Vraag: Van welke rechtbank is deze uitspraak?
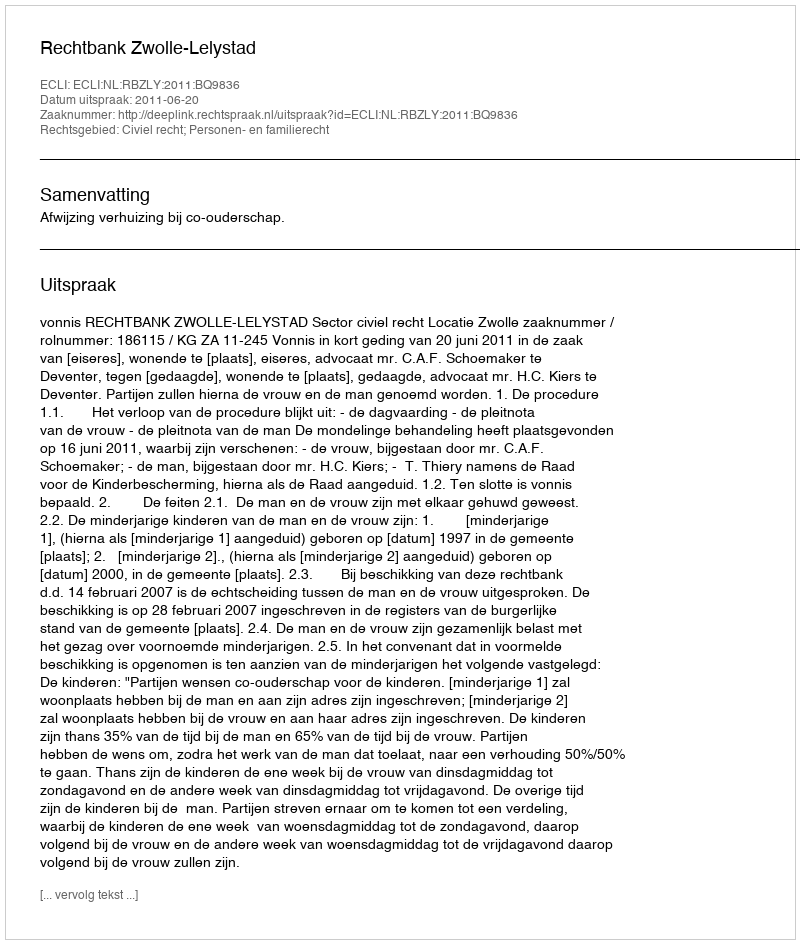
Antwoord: Rechtbank Zwolle-Lelystad